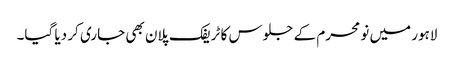
لاہور میں نو محرم کے جلوس کا ٹریفک پلان بھی جاری کر دیا گیا۔